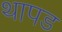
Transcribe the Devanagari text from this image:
थापड